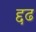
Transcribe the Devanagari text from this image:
द्दढ